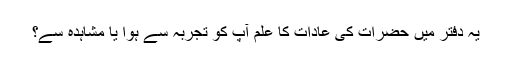
یہ دفتر میں حضرات کی عادات کا علم آپ کو تجربہ سے ہوا یا مشاہدہ سے؟